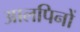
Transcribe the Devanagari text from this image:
आलपिनों